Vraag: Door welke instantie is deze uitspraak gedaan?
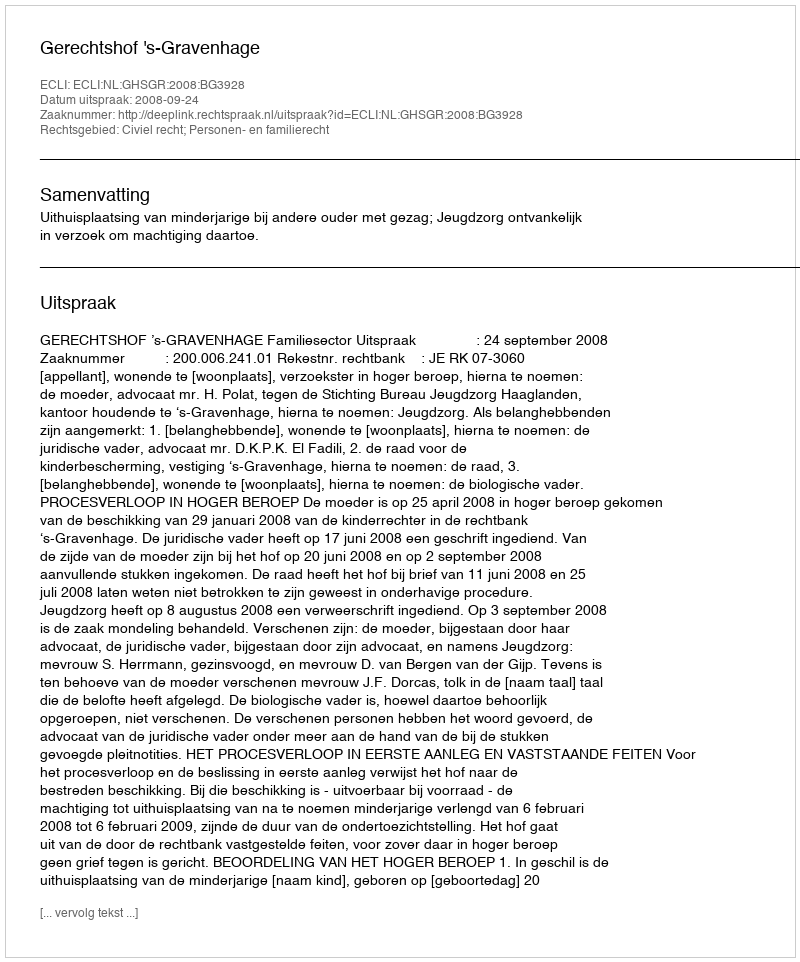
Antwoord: Gerechtshof 's-Gravenhage